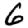
Digit: 6